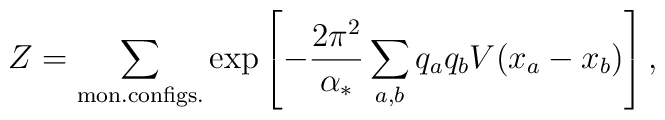
Z=\sum_{{\rm mon. configs.}}\exp\left[ -\frac{2\pi^2}{\alpha_*}\sum_{a,b}q_a q_bV(x_a-x_b)\right] ,